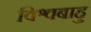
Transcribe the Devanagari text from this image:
विश्वबाहु